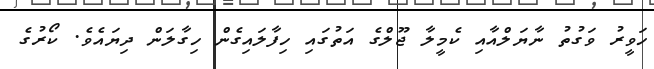
ހަވީރު ވަގުތު ނާޔަލްއާއި ކެމީލާ ޖޫލްގެ އަތުގައި ހިފާލައިގެން ހިގާލަން ދިޔައެވެ. ކޯރުގެ